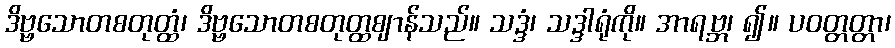
ဒိဗ္ဗသောတစတုတ္ထံ၊ ဒိဗ္ဗသောတစတုတ္ထဈာန်သည်။ သဒ္ဒံ၊ သဒ္ဒါရုံကို။ အာရဗ္ဘ၊ ၍။ ပဝတ္တတ္တာ၊